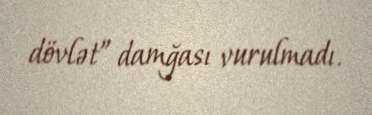
dövlət” damğası vurulmadı.